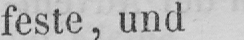
feste, und